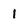
Character: 1